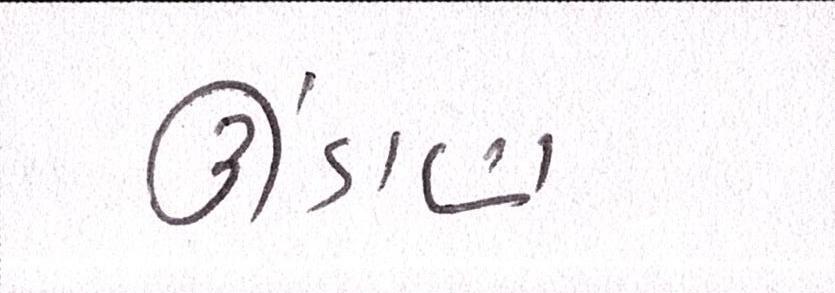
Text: ઊંડાણ